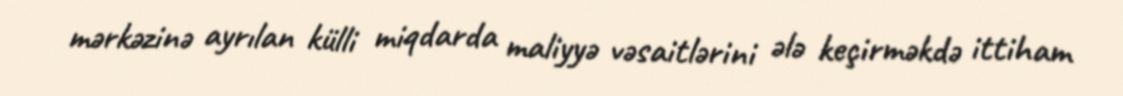
mərkəzinə ayrılan külli miqdarda maliyyə vəsaitlərini ələ keçirməkdə ittiham